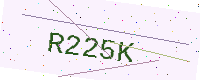
Text: R225K